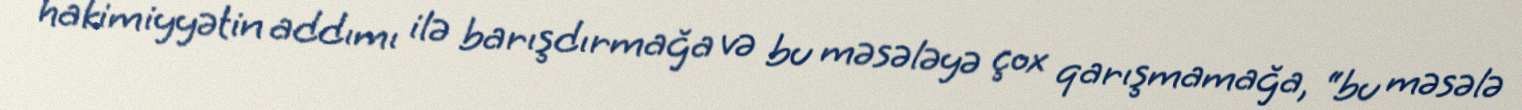
hakimiyyətin addımı ilə barışdırmağa və bu məsələyə çox qarışmamağa, “bu məsələ